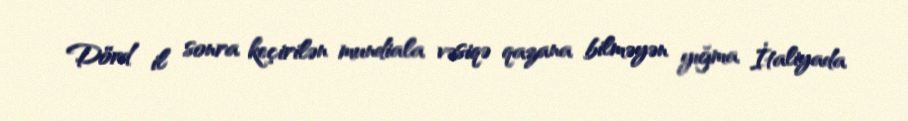
Dörd il sonra keçirilən mundiala vəsiqə qazana bilməyən yığma İtaliyada